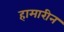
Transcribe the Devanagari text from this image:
हामारीन